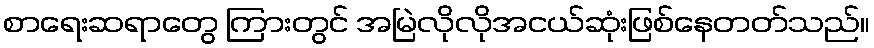
စာရေးဆရာတွေ ကြားတွင် အမြဲလိုလိုအငယ်ဆုံးဖြစ်နေတတ်သည်။